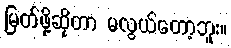
မြတ်ဖို့ဆိုတာ မလွယ်တော့ဘူး။